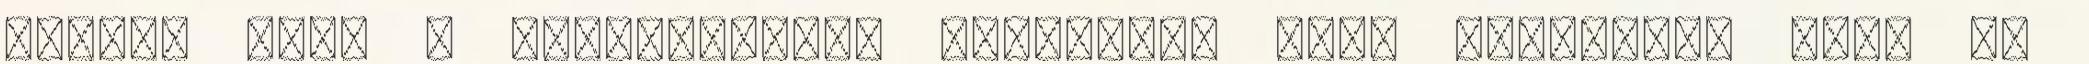
azzal, hogy a szélsőjobber támadások így, fasiszták úgy, DE